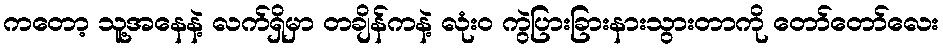
ကတော့ သူ့အနေနဲ့ လက်ရှိမှာ တချိန်ကနဲ့ လုံးဝ ကွဲပြားခြားနားသွားတာကို တော်တော်လေး